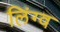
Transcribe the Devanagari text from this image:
लिंग्व